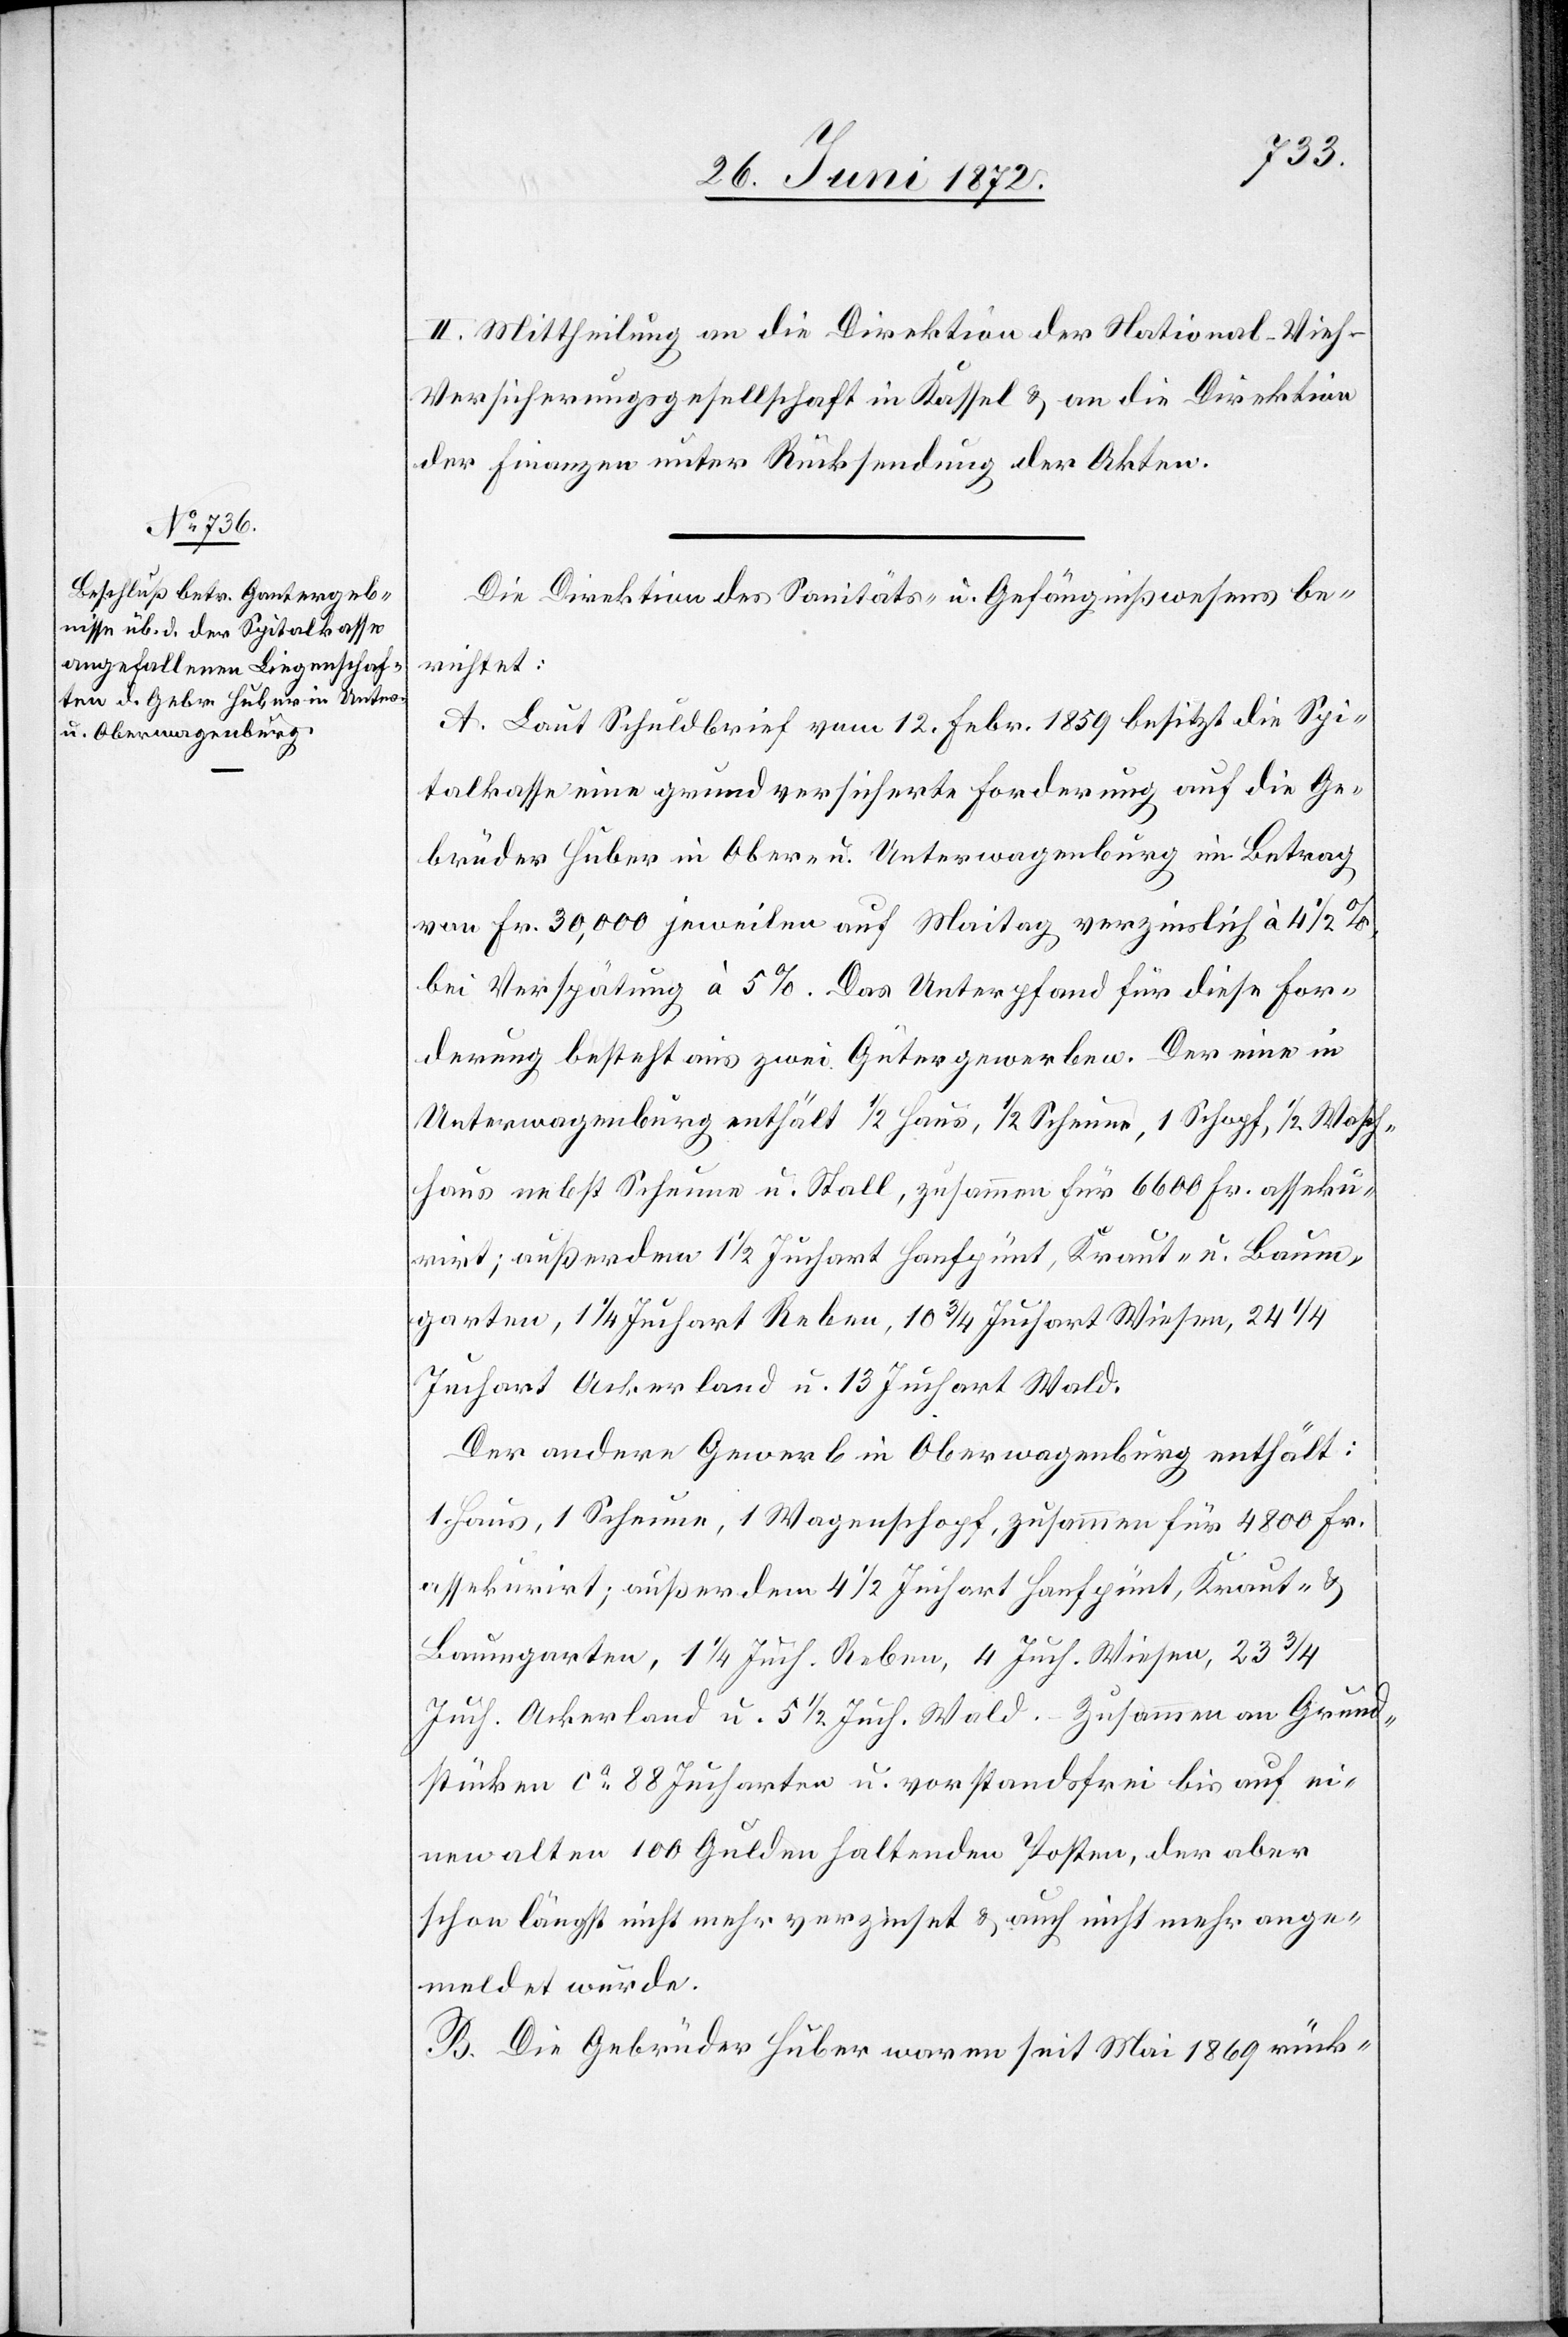
III. Mittheilung an die Direktion der National-Vieh-V¬
ersicherungsgesellschaft in Kassel u. an die Direktion
der Finanzen unter Rücksendung der Akten.
Die Direktion des Sanitäts- u. Gefängnißwesens be¬
richtet:
A. Laut Schuldbrief vom 12. Febr. 1859 besitzt die Spi¬
talkasse eine grundversicherte Forderung auf die Ge¬
brüder Huber in Ober- u. Unterwagenburg im Betrag
von Fr. 30,000 jeweilen auf Maitag verzinslich à 4
bei Verspätung à 5%. Das Unterpfand für diese For¬
derung besteht aus zwei Gütergewerben. Der eine in
Unterwagenburg enthält 1/2 Haus, 1/2 Scheune, 1 Schopf, 1/2 Wasch¬
haus nebst Scheune u. Stall, zusammen für 6600 Fr. asseku¬
rirt; außerdem 1 1/2 Juchart Hanfpünt, Kraut- u.
Baumgarten, 1 1/4 Juch. Reben, 4 Juch. Wiesen, 23 3/4
Juch. Ackerland u. 5 1/2 Juch. Wald. Zusammen an Grund¬
stücken ca 88 Jucharten u. vorstandsfrei bis auf ei¬
nen alten 100 Gulden haltenden Posten, der aber
schon längst nicht mehr verzinset u. auch nicht mehr ange¬
meldet wurde.
B. Die Gebrüder Huber waren seit Mai 1869 rück-